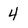
Character: 4